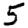
Digit: 5